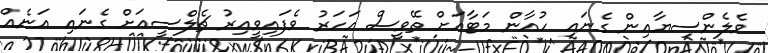
ވެލެންސިޔާއިން ގެނައި ހުއާން މަޓާއަށް ތޭވީސް އަހަރު ވެފައިވީއިރު ޗެލްސީއަށް ގެނައި އަނެއް